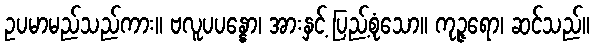
ဥပမာမည်သည်ကား။ ဗလူပပန္နော၊ အားနှင့် ပြည့်စုံသော။ ကုဉ္ဇရော၊ ဆင်သည်။